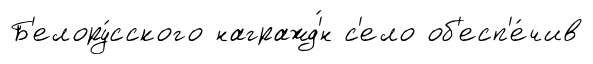
Б'елору́сского награжд'́н с'ело об'есп'е́чив